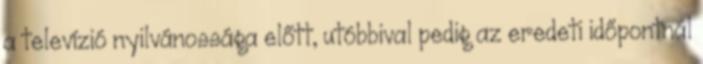
a televízió nyilvánossága előtt, utóbbival pedig az eredeti időpontnál